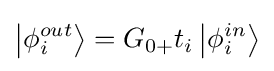
\left|{\phi _{i}^{out}}\right\rangle ={G_{0+}}{t_{i}}\left|{\phi _{i}^{in}}\right\rangle